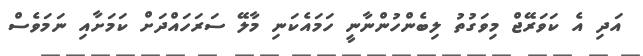
އަދި އެ ކަވަރޭޖް މިވަގުތު ލިބެންހުންނާނީ ހަމައެކަނި މާލޭ ސަރަހައްދަށް ކަމަށާއި ނަމަވެސް